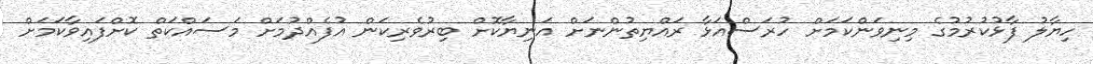
ހިޔާލު ފާޅުކުރުމުގެ މިނިވަންކަމަށް ހުރަސްއަޅާ ރައްޔިތުންނަށް އަނިޔާކޮށް ބިރުވެރިކަން އުފެއްދުމަށް މަސައްކަތް ކޮށްފައިވާކަމަށް